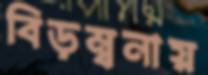
বিড়ম্বনায়